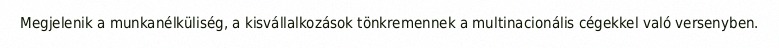
Megjelenik a munkanélküliség, a kisvállalkozások tönkremennek a multinacionális cégekkel való versenyben.